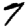
Digit: 7